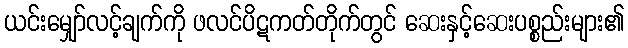
ယင်းမျှော်လင့်ချက်ကို ဖလင်ပိဋကတ်တိုက်တွင် ဆေးနှင့်ဆေးပစ္စည်းများ၏